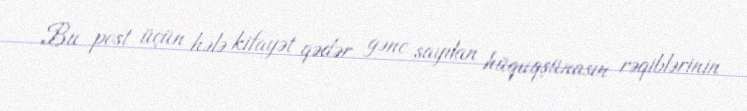
Bu post üçün hələ kifayət qədər gənc sayılan hüquqşünasın rəqiblərinin